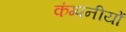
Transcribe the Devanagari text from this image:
कंम्पनीयों